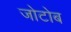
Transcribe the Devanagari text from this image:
जोटोब